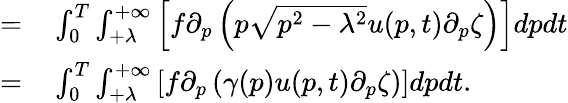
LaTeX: \begin{array}{rl}{=}&{{}\int_{0}^{T}\int_{+\lambda}^{+\infty}\left[f\partial_{p}\left(p\sqrt{p^{2}-\lambda^{2}}u(p,t)\partial_{p}\zeta\right)\right]dpdt}\\ {=}&{{}\int_{0}^{T}\int_{+\lambda}^{+\infty}\left[f\partial_{p}\left(\gamma(p)u(p,t)\partial_{p}\zeta\right)\right]dpdt.}\end{array}